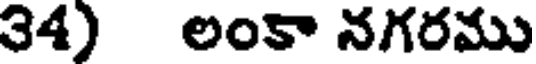
34) లంకా నగరము